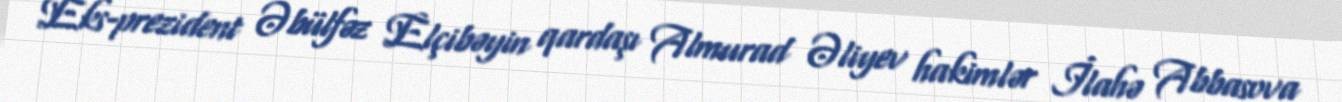
Eks-prezident Əbülfəz Elçibəyin qardaşı Almurad Əliyev hakimlər İlahə Abbasova